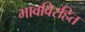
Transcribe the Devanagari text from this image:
भावविरहित